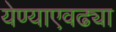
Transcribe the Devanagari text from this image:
येण्याएवढ्या